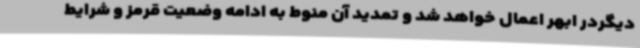
دیگردر ابهر اعمال خواهد شد و تمدید آن منوط به ادامه وضعیت قرمز و شرایط